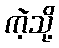
ကဲ့သို့